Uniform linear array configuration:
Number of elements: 32
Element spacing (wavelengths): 0.75
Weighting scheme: binomial
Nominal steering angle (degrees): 30
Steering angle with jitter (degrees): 31.631
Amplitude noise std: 0.05
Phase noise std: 0.05

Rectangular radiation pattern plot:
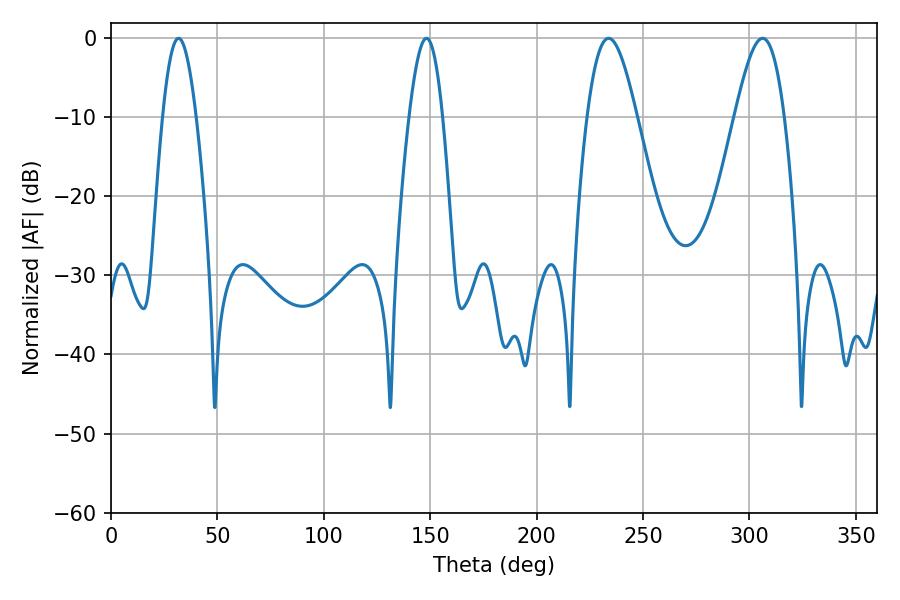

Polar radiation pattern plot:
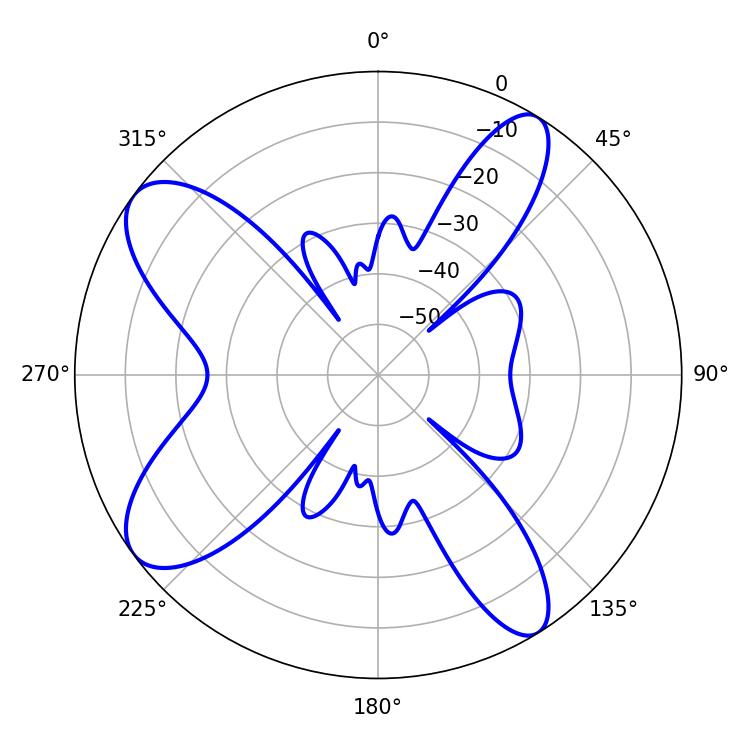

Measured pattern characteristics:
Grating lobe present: TRUE
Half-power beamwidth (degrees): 12.42
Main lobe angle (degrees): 233.82